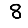
Digit: 8